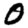
Digit: 0